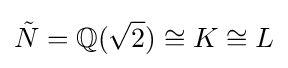
{\tilde {N}}=\mathbb {Q} ({\sqrt {2}})\cong K\cong L